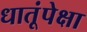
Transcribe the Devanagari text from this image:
धातूंपेक्षा